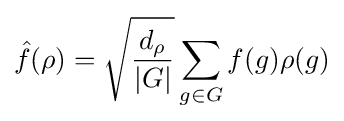
{\hat {f}}(\rho )={\sqrt {\frac {d_{\rho }}{|G|}}}\sum _{g\in G}f(g)\rho (g)